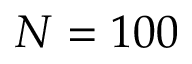
N = 1 0 0